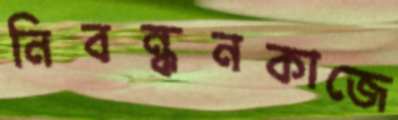
নিবন্ধনকাজে